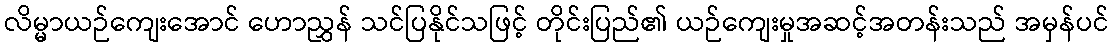
လိမ္မာယဉ်ကျေးအောင် ဟောညွှန် သင်ပြနိုင်သဖြင့် တိုင်းပြည်၏ ယဉ်ကျေးမှုအဆင့်အတန်းသည် အမှန်ပင်